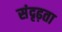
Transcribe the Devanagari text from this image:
संदृढ़ता